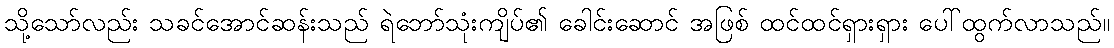
သို့သော်လည်း သခင်အောင်ဆန်းသည် ရဲဘော်သုံးကျိပ်၏ ခေါင်းဆောင် အဖြစ် ထင်ထင်ရှားရှား ပေါ်ထွက်လာသည်။